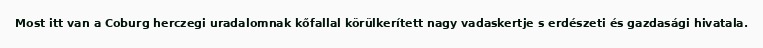
Most itt van a Coburg herczegi uradalomnak kőfallal körülkerített nagy vadaskertje s erdészeti és gazdasági hivatala.